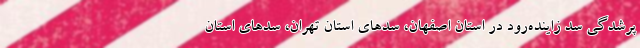
پرشدگی سد زاینده‌رود در استان اصفهان، سدهای استان تهران، سدهای استان